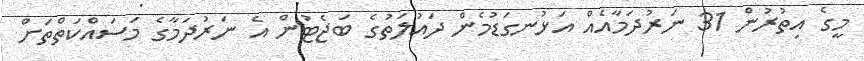
މީގެ އިތުރުން 31 ނަރުދަމާއެއް އަޅުނގަޑުމެން ދައުލަތުގެ ބަޖެޓުން އެ ނަރުދަމާގެ މަސައްކަތްތަށް